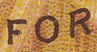
FOR